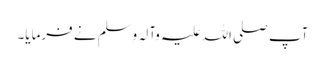
آپ صلی اللہ علیہ وآلہ وسلم نے فرمایا۔